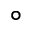
^ { \circ }